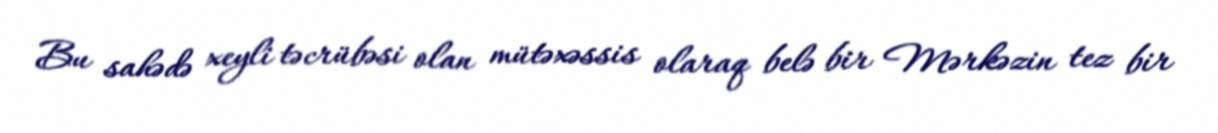
Bu sahədə xeyli təcrübəsi olan mütəxəssis olaraq belə bir Mərkəzin tez bir